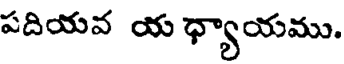
పదియవ య ధ్యాయము.